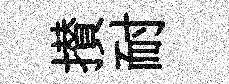
攅耐